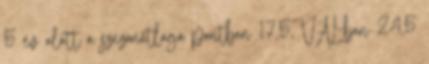
5 év alatt a szezonátlaga pontban 17,5, VAL-ban 24,5